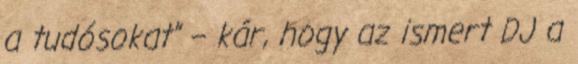
a tudósokat” – kár, hogy az ismert DJ a